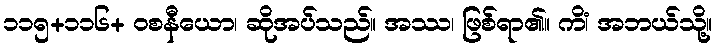
၁၁၅+၁၁၆+ ဝစနီယော၊ ဆိုအပ်သည်။ အဿ၊ ဖြစ်ရာ၏။ ကိံ၊ အဘယ်သို့။